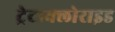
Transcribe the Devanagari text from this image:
ट्रेटाक्लोराइड